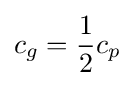
c_{g}={\frac {1}{2}}c_{p}